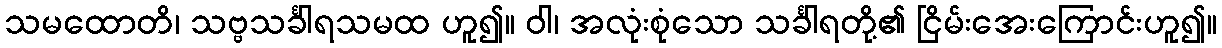
သမထောတိ၊ သဗ္ဗသင်္ခါရသမထ ဟူ၍။ ဝါ၊ အလုံးစုံသော သင်္ခါရတို့၏ ငြိမ်းအေးကြောင်းဟူ၍။